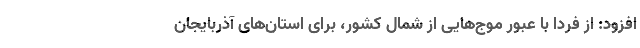
افزود: از فردا با عبور موج‌هایی از شمال کشور، برای استان‌های آذربایجان